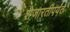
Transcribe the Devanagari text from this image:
शेजारतीपर्यंत